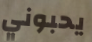
يحبوني